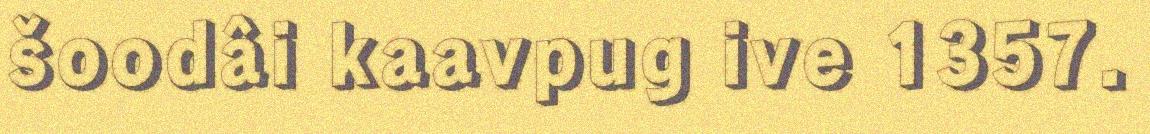
šoodâi kaavpug ive 1357.